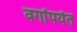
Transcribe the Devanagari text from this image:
वर्गांपर्यंत